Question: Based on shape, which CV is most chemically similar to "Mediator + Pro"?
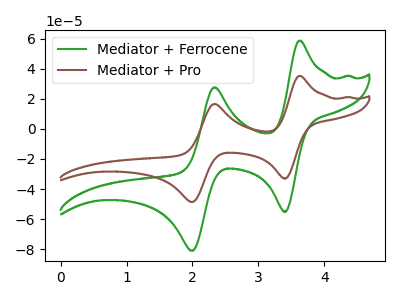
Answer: <think>The green curve "Mediator + Ferrocene" has anodic peaks at (3.60V, 58.75uA) (2.35V, 27.75uA) and cathodic peaks at (3.40V, -55.25uA) (2.00V, -81.10uA). The brown curve "Mediator + Pro" has anodic peaks at (3.60V, 35.25uA) (2.35V, 16.65uA) and cathodic peaks at (3.40V, -33.10uA) (2.00V, -48.65uA).
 All the peaks in "Mediator + Ferrocene" have a peak in "Mediator + Pro" at the same potential. Every peak in "Mediator + Ferrocene" is higher than every peak in "Mediator + Pro".</think>
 <answer>The CV with the most similar shape to "Mediator + Ferrocene" is "Mediator + Pro".</answer>
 <eval>"Mediator + Pro"</eval>